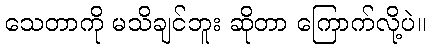
သေတာကို မသိချင်ဘူး ဆိုတာ ကြောက်လို့ပဲ။